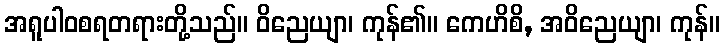
အရူပါဝစရတရားတို့သည်။ ဝိညေယျာ၊ ကုန်၏။ ကေဟိစိ, အဝိညေယျာ၊ ကုန်။